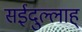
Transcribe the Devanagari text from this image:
सईदुल्लाह्